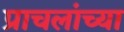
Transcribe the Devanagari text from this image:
प्राचलांच्या